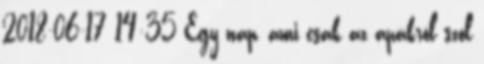
2018-06-17 14:35 Egy nap, ami csak az apákról szól